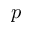
p